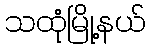
သထုံမြို့နယ်